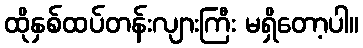
ထိုနှစ်ထပ်တန်းလျားကြီး မရှိတော့ပါ။